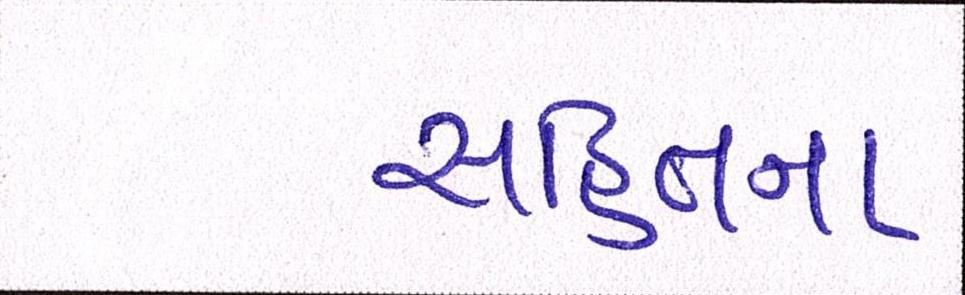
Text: સહિતના